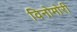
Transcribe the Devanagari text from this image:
विनोमोरी